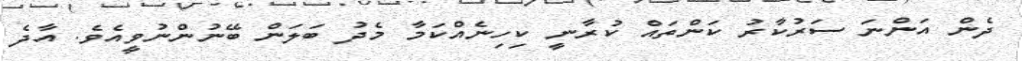
ދެން އަންނަ ސަރުކާރު ކަންތައް ކުރާނީ ކިހިނެއްކަމާ މެދު ބަލަން ބޭނުންނުވީއެވެ. އާދެ